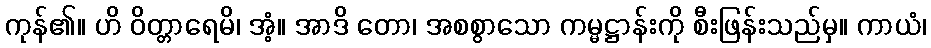
ကုန်၏။ ဟိ ဝိတ္တာရေမိ၊ အံ့။ အာဒိ တော၊ အစစွာသော ကမ္မဋ္ဌာန်းကို စီးဖြန်းသည်မှ။ ကာယံ၊